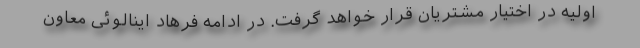
اولیه در اختیار مشتریان قرار خواهد گرفت. در ادامه فرهاد اینالوئی معاون